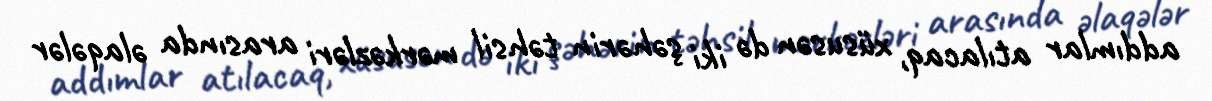
addımlar atılacaq, xüsusən də iki şəhərin təhsil mərkəzləri arasında əlaqələr